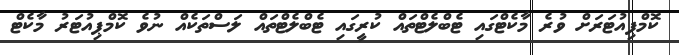
ކޮމްޕިއުޓަރަށް ވުރެ މާކެޓްގައި ޓެބްލެޓްތައް ކުރީގައި ޓެބްލެޓްތައް ލަސްތަކެއް ނުވެ ކޮމްޕިއުޓަރު މާކެޓް